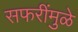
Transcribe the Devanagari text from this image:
सफरींमुळे